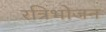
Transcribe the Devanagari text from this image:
रत्रिभोजन